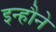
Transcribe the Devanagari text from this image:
इन्हौने